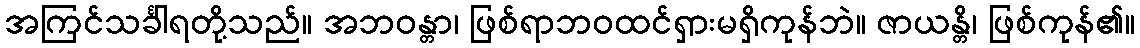
အကြင်သင်္ခါရတို့သည်။ အဘဝန္တာ၊ ဖြစ်ရာဘဝထင်ရှားမရှိကုန်ဘဲ။ ဇာယန္တိ၊ ဖြစ်ကုန်၏။